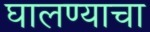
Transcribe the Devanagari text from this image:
घालण्‍याचा